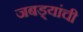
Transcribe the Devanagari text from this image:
जबड्यांची